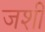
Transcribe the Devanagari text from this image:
जशीं